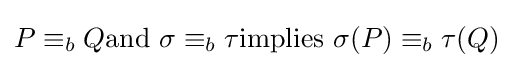
P\equiv _{b}Q{\mbox{and }}\sigma \equiv _{b}\tau {\mbox{implies }}\sigma (P)\equiv _{b}\tau (Q)